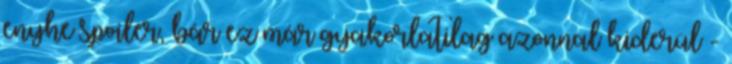
enyhe spoiler, bár ez már gyakorlatilag azonnal kiderül -